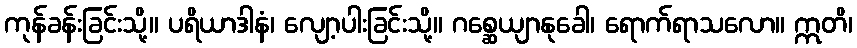
ကုန်ခန်းခြင်းသို့။ ပရိယာဒါနံ၊ လျော့ပါးခြင်းသို့။ ဂစ္ဆေယျာနုခေါ၊ ရောက်ရာသလော။ ဣတိ၊